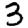
Digit: 3